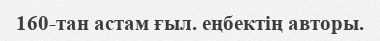
160-тан астам ғыл. еңбектің авторы.